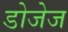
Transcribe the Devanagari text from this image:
डोजेज